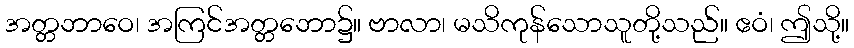
အတ္တဘာဝေ၊ အကြင်အတ္တဘော၌။ ဗာလာ၊ မသိကုန်သောသူတို့သည်။ ဧဝံ၊ ဤသို့။